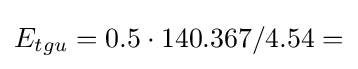
E_{tgu}=0.5\cdot 140.367/4.54=